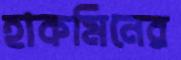
হাকমিনের